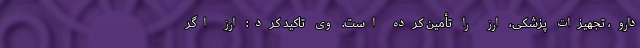
دارو، تجهیزات پزشکی، ارز را تأمین کرده است. وی تاکید کرد: ارز اگر